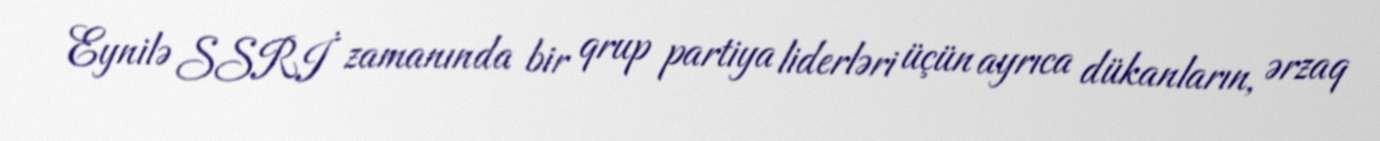
Eynilə SSRİ zamanında bir qrup partiya liderləri üçün ayrıca dükanların, ərzaq